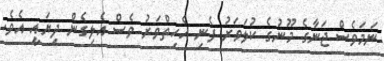
ނަމަވެސް ޖަނާގެ މޫނުގެ ކުލަވަރު ފެނި އެހިތްވަރު ވެސް އެލިގެން ދިޔައީ އެވެ.